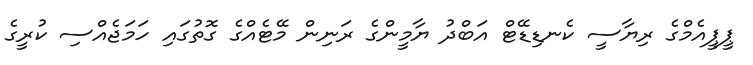
ޕީޕީއެމްގެ ރިޔާސީ ކެނޑިޑޭޓް އަބްދު ޔާމީންގެ ރަނިން މޭޓެއްގެ ގޮތުގައި ހަމަޖެއްސި ކުރީގެ